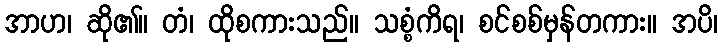
အာဟ၊ ဆို၏။ တံ၊ ထိုစကားသည်။ သစ္စံကိရ၊ စင်စစ်မှန်တကား။ အပိ၊